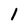
Character: I